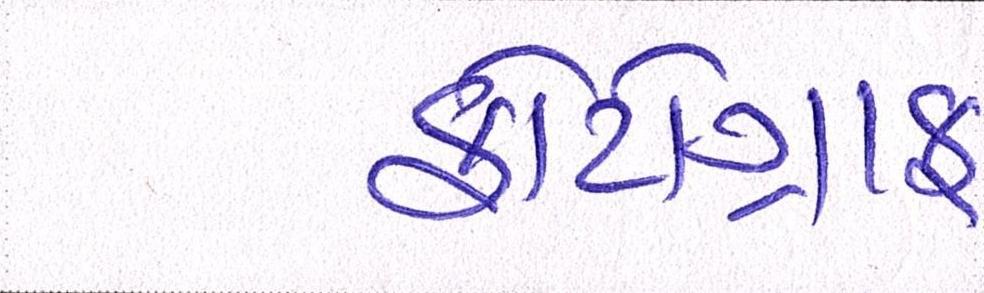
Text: ફોટોગ્રાફ